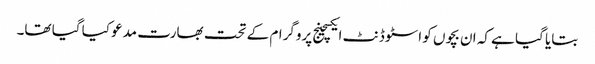
بتایا گیا ہے کہ ان بچوں کو اسٹوڈنٹ ایکسچینج پروگرام کے تحت بھارت مدعو کیا گیا تھا۔